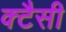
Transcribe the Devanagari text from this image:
क्टैसी